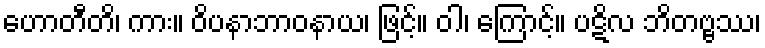
ဟောတီတိ၊ ကား။ ဝိပနာဘာဝနာယ၊ ဖြင့်။ ဝါ၊ ကြောင့်။ ပဋိလ ဘိတဗ္ဗဿ၊